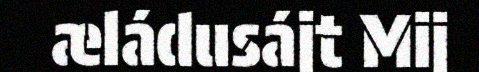
æládusájt Mij